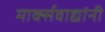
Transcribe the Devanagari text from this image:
मार्क्‍सवाद्यांनी